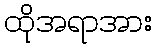
ထိုအရာအား